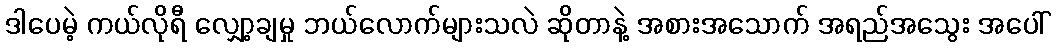
ဒါပေမဲ့ ကယ်လိုရီ လျှော့ချမှု ဘယ်လောက်များသလဲ ဆိုတာနဲ့ အစားအသောက် အရည်အသွေး အပေါ်